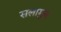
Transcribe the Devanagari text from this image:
सलामुन